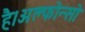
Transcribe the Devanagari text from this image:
है।अल्फोन्सो